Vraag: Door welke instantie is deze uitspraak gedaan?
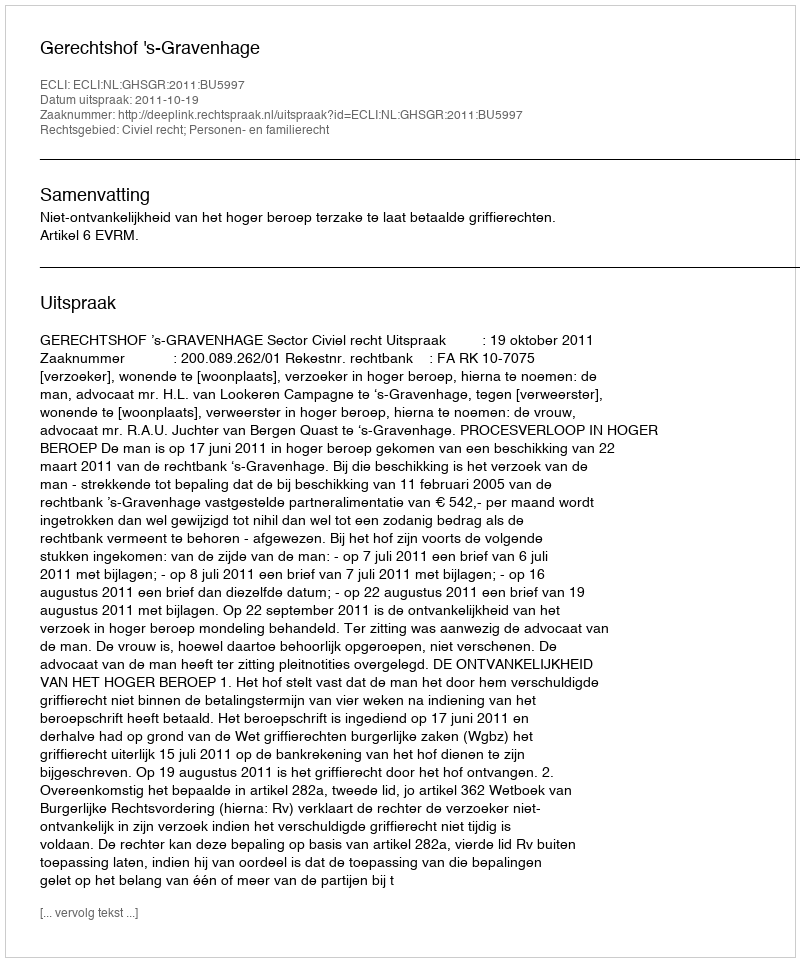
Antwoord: Gerechtshof 's-Gravenhage